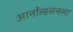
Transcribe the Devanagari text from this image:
आर्नोल्डसनला